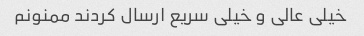
خیلی عالی و خیلی سریع ارسال کردند ممنونم